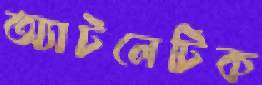
অ্যাটলেটিক